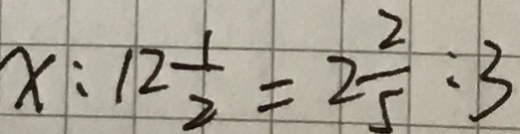
x : 1 2 \frac { 1 } { 2 } = 2 \frac { 2 } { 5 } \cdot 3